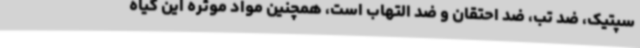
سپتیک، ضد تب، ضد احتقان و ضد التهاب است، همچنین مواد موثره این گیاه